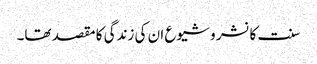
سنت کا نشر و شیوع ان کی زندگی کا مقصد تھا۔